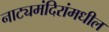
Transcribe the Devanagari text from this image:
नाट्यमंदिरांमधील